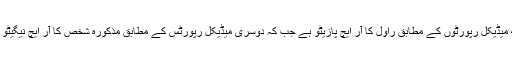
کچھ میڈیکل رپورٹوں کے مطابق راول کا آر ایچ پازیٹو ہے جب کہ دوسری میڈیکل رپورٹس کے مطابق مذکورہ شخص کا آر ایچ نیگیٹو ہے۔